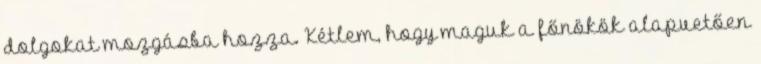
dolgokat mozgásba hozza. Kétlem, hogy maguk a főnökök alapvetően